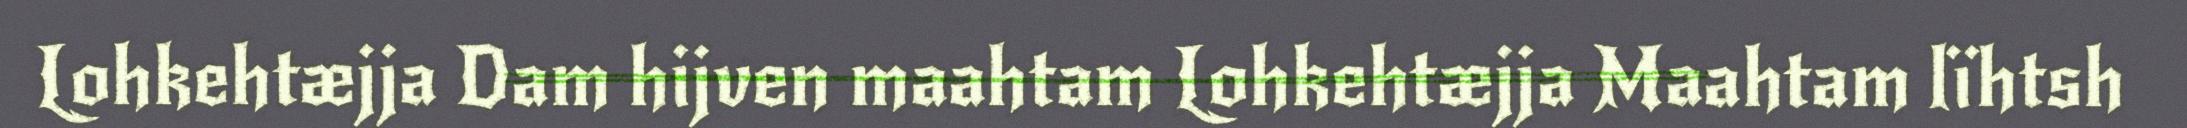
Lohkehtæjja Dam hijven maahtam Lohkehtæjja Maahtam lïhtsh